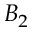
B _ { 2 }